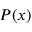
P ( x )